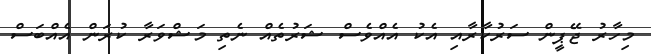
މިހާރު ޖޭޕީން ސަރުކާރާއި އެކު އެއްވެސް ޝަރުތެއް ނެތި މަޝްވަރާ ކުރަން އެއްބަސް